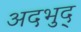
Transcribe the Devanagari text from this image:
अदभुद्